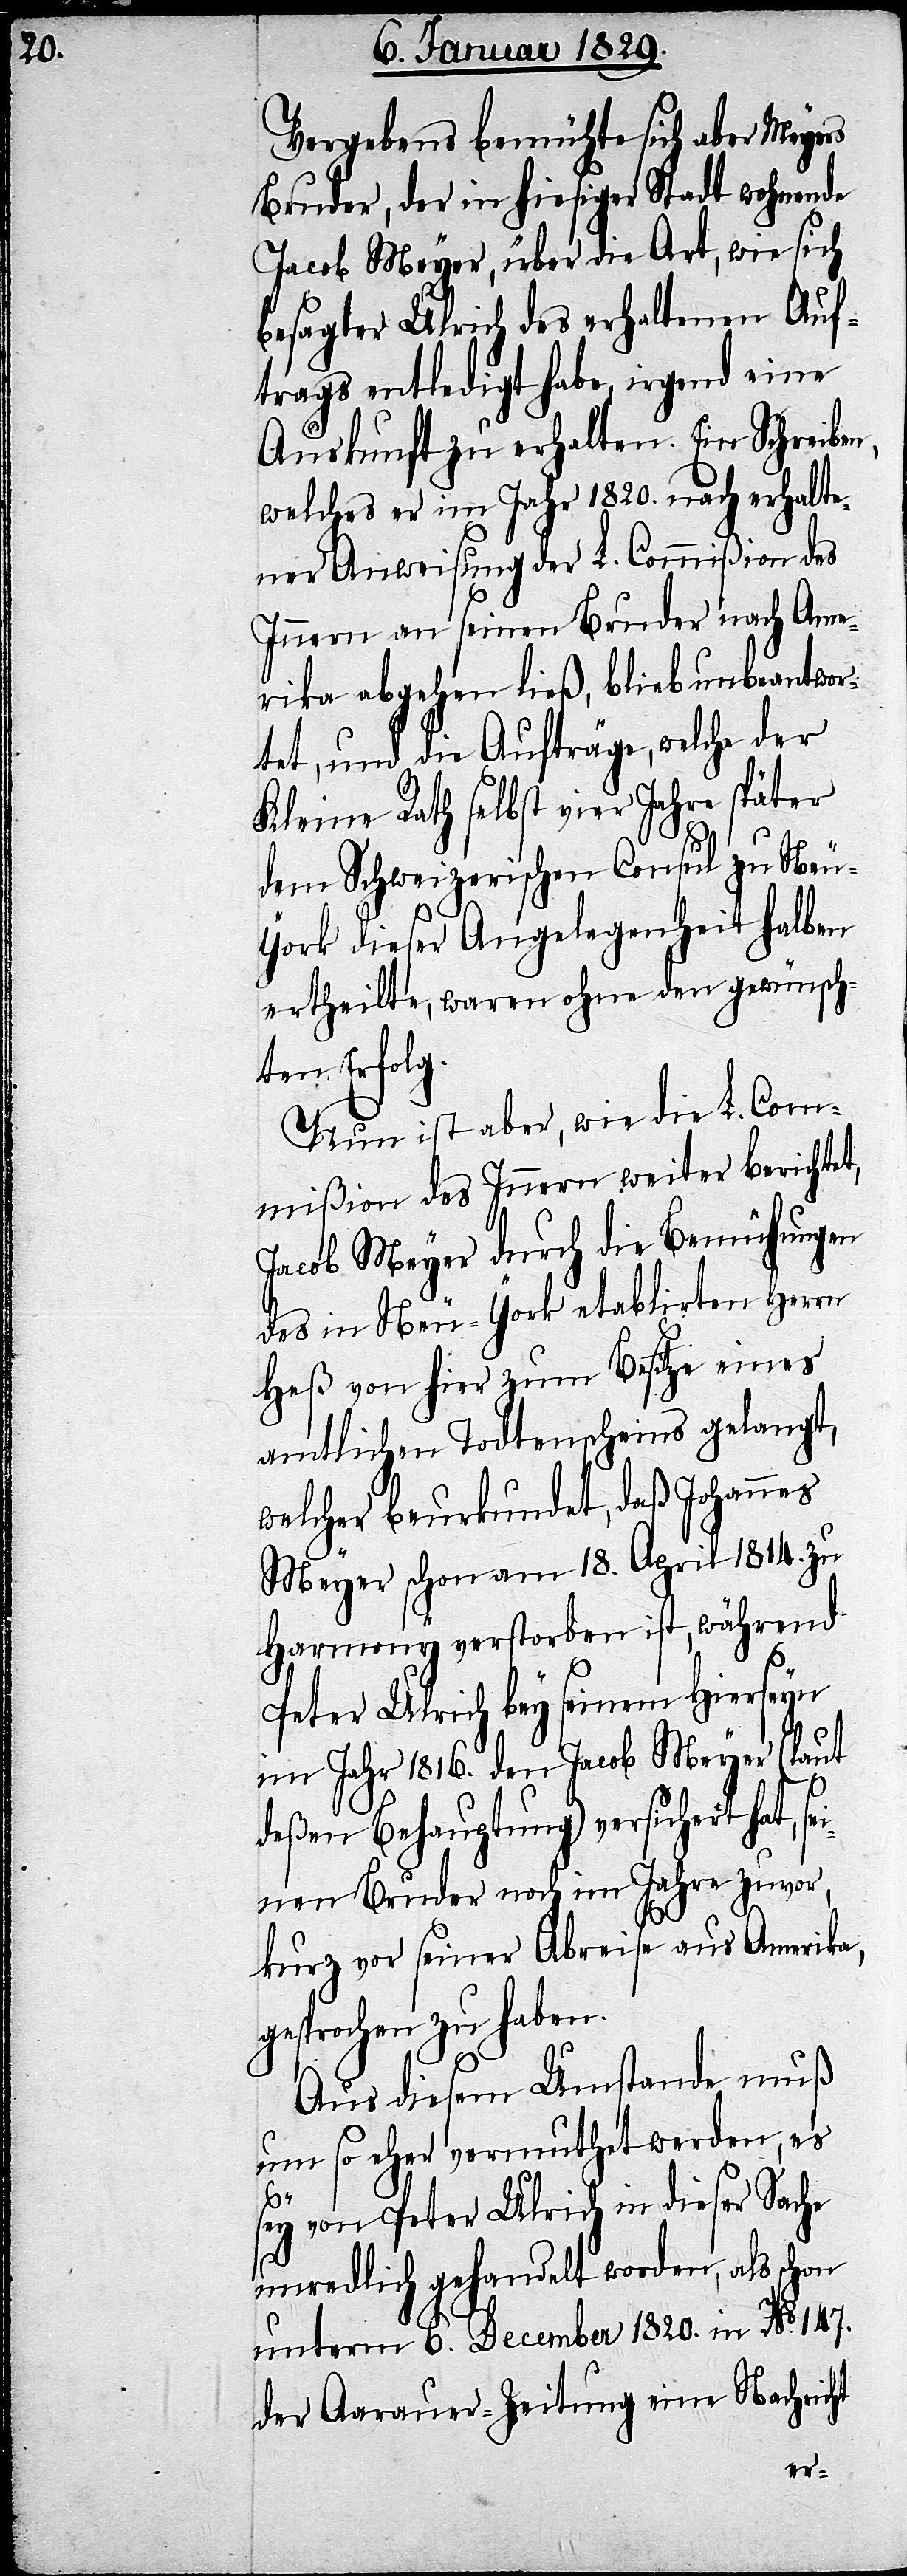
Vergebens bemühte sich aber Mayers
Bruder, der in hiesiger Stadt wohnende
Jacob Meyer, über die Art, wie sich
besagter Ulrich des erhaltenen Auf¬
trags entledigt habe, irgend eine
Auskunft zu erhalten. Ein Schreiben,
welches er im Jahr 1820. nach erhalte¬
ner Anweisung der L. Commißion des
Innern an seinen Bruder nach Ame¬
rika abgehen ließ, blieb unbeantwor¬
tet, und die Aufträge, welche der
Kleine Rath selbst vier Jahre später
dem Schweizerischen Consul zu Neu-Y¬
ork dieser Angelegenheit halben
ertheilte, waren ohne den gewünsch¬
ten Erfolg.
Nun ist aber, wie die L. Com¬
mißion des Innern weiter berichtet,
Jacob Meyer durch die Bemühungen
des in Neu-York etablierten Herrn
Heß von hier zum Besitze eines
amtlichen Todtenscheins gelangt,
welcher beurkundet, daß Johannes
Meyer schon am 18. April 1814. zu
Harmony verstorben ist, während
Pater Ulrich bey seinem Hierseyn
im Jahr 1816. den Jacob Meyer (laut
deßen Behauptung) versichert hat, s¬
nen Bruder noch im Jahre zuvor,
kurz vor seiner Abreise aus Amerika,
gesprochen zu haben.
Aus diesem Umstande muß
um so eher vermuthet werden, es
sey von Pater Ulrich in dieser Sache
unredlich gehandelt worden, als schon
unterm 6. December 1820. in No. 147.
der Aarauer-Zeitung eine Nachricht
ei¬